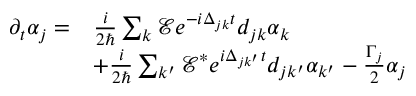
\begin{array} { r l } { \partial _ { t } \alpha _ { j } = } & { \frac { i } { 2 \hbar } \sum _ { k } \mathcal { E } e ^ { - i \Delta _ { j k } t } d _ { j k } \alpha _ { k } } \\ & { + \frac { i } { 2 \hbar } \sum _ { k ^ { \prime } } \mathcal { E } ^ { * } e ^ { i \Delta _ { j k ^ { \prime } } t } d _ { j k ^ { \prime } } \alpha _ { k ^ { \prime } } - \frac { \Gamma _ { j } } { 2 } \alpha _ { j } } \end{array}